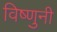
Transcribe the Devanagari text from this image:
विष्णुनी